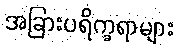
အခြားပရိက္ခရာများ